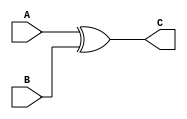
module MyXor(A, B, C);

input A, B;
output C;

xor XOR1(C, A, B);

endmodule